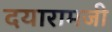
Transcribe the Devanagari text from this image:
दयारामजी